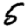
Digit: 5